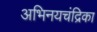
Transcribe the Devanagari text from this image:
अभिनयचंद्रिका